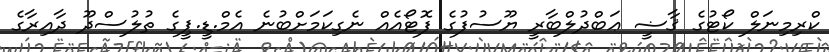
ކްރިމިނަލް ކޯޓުގެ ޤާޟީ ޢަބްދުލްބާރީ ޔޫސުފުގެ ފޮޓޯއެއް ނެގިކަމަށްބުނެ އެމް.ޑީ.ޕީގެ ތުލުސްދޫ ދާއިރާގެ